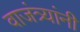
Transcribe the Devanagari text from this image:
वाजंत्र्यांनी